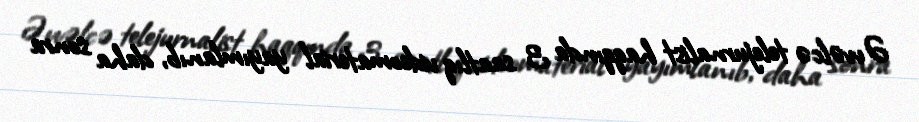
Əvvəlcə telejurnalist haqqında 3 saatlıq videomaterial yayımlanıb, daha sonra